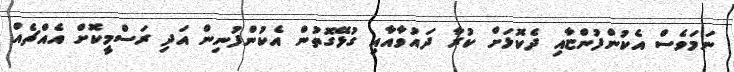
ނަމަވެސް އެކުންފުންޏާއި ދެކޮޅަށް ކުރާ ދައުވާއާއި ގުޅޭގޮތުން އެކުންފުނިން އަދި ރަސްމީކޮށް އެއްޗެއް